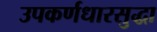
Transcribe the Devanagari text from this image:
उपकर्णधारसुद्धा